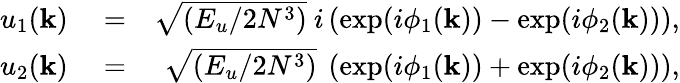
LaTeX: \begin{array}{rlr}{u_{1}(\mathbf{k})}&{{}=}&{\sqrt{(E_{u}/2N^{3})}\ i\left(\exp(i\phi_{1}(\mathbf{k}))-\exp(i\phi_{2}(\mathbf{k}))\right),}\\ {u_{2}(\mathbf{k})}&{{}=}&{\sqrt{(E_{u}/2N^{3})}\ \left(\exp(i\phi_{1}(\mathbf{k}))+\exp(i\phi_{2}(\mathbf{k}))\right),}\end{array}